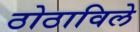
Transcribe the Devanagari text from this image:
ठोठाविले